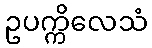
ဥပက္ကိလေသံ